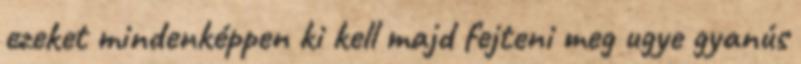
ezeket mindenképpen ki kell majd fejteni meg ugye gyanús